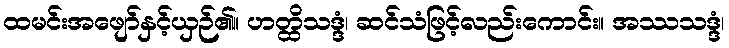
ထမင်းအဖျော်နှင့်ယှဉ်၏။ ဟတ္ထိသဒ္ဒံ၊ ဆင်သံဖြင့်လည်းကောင်း။ အဿသဒ္ဒံ၊